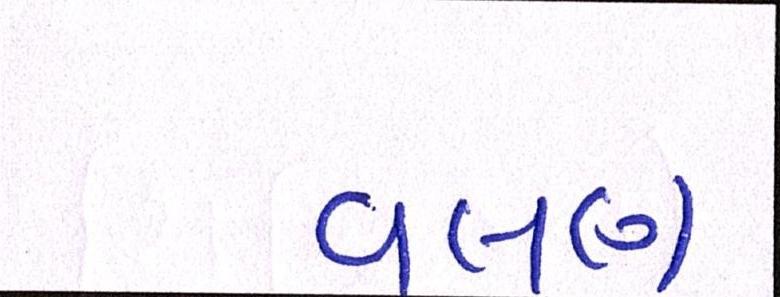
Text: વલણ